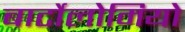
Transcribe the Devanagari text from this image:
बार्टोलोमियो